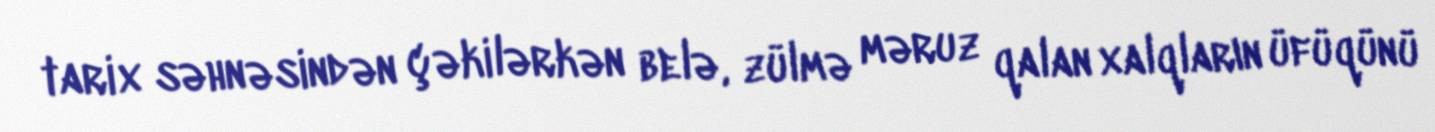
tarix səhnəsindən çəkilərkən belə, zülmə məruz qalan xalqların üfüqünü